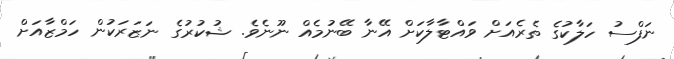
ނަފްސު ހަލާކުގެ ތެރެއަށް ވައްޓާލާކަށް އޭނާ ބޭނުމެއް ނޫނެވެ. ޝުކުރުގެ ނަޒަރަކުން ހަމްޒާއަށް